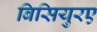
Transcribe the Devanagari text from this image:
बिसियुरए